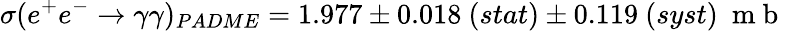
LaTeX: \sigma(e^{+}e^{-}\rightarrow\gamma\gamma)_{PADME}=1.977\pm 0.018\ (stat)\pm 0.119\ (syst)\ \mathrm{~m~b~}